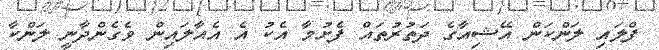
ފްލައި ލަންކަން އޭޝިއާގެ ދަތުރުތައް ފެށުމާ އެކު އެ އެއާލައިން ވެގެންދާނީ ލަންކާ